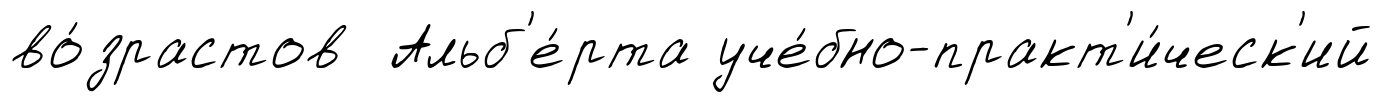
во́зрастов Альб'е́рта уче́бно-практ'и́ческ'ий